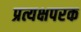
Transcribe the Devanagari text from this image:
प्रत्यक्षपरक